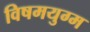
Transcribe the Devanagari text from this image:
विषमयुग्म